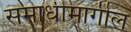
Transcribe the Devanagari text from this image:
समाधीमागील